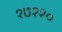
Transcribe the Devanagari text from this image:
१७११०